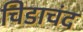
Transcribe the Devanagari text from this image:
चिडाचंद